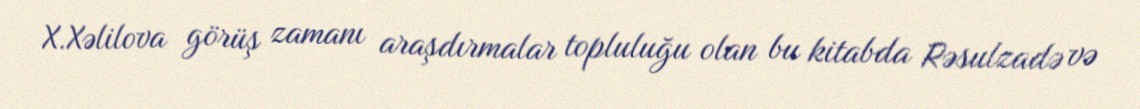
X.Xəlilova görüş zamanı araşdırmalar topluluğu olan bu kitabda Rəsulzadə və